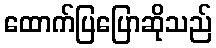
ထောက်ပြပြောဆိုသည်